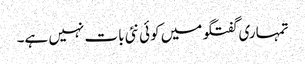
تمہاری گفتگو میں کوئی نئی بات نہیں ہے۔